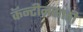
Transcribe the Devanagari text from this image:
कॅन्टीनसाठी